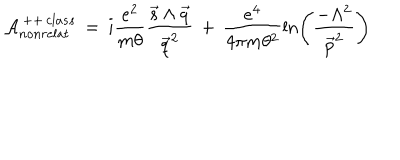
{ \cal { A } } _ { n o n r e l a t } ^ { \, + + \, c l a s s } \, = \, i \frac { e ^ { 2 } } { m \theta } \frac { \vec { s } \wedge \vec { q } } { \vec { q } ^ { 2 } } \, + \, \frac { e ^ { 4 } } { 4 \pi m \theta ^ { 2 } } \ln \Biggl ( \frac { - \Lambda ^ { 2 } } { \vec { p } ^ { 2 } } \Biggr )